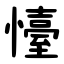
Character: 懛